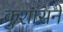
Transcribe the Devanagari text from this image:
कुशासने